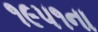
૧૯૫૧ના